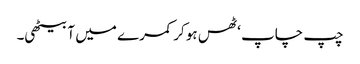
چپ چاپ ‘ ٹھس ہو کر کمرے میں آ بیٹھی۔